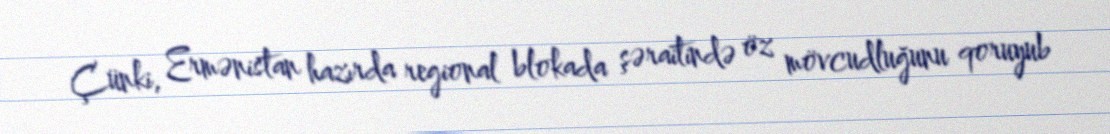
Çünki, Ermənistan hazırda regional blokada şəraitində öz mövcudluğunu qoruyub